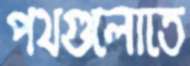
পথগুলোতে